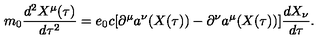
m _ { 0 } \frac { d ^ { 2 } X ^ { \mu } ( \tau ) } { d \tau ^ { 2 } } = e _ { 0 } c [ \partial ^ { \mu } a ^ { \nu } ( X ( \tau ) ) - \partial ^ { \nu } a ^ { \mu } ( X ( \tau ) ) ] \frac { d X _ { \nu } } { d \tau } .